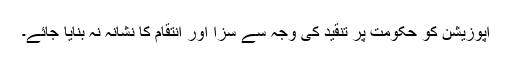
اپوزیشن کو حکومت پر تنقید کی وجہ سے سزا اور انتقام کا نشانہ نہ بنایا جائے۔